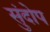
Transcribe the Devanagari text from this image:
सुंदोप